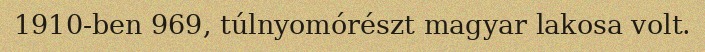
1910-ben 969, túlnyomórészt magyar lakosa volt.